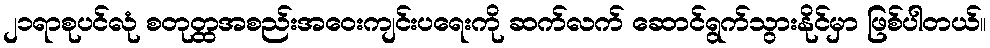
၂၁ရာစုပင်လုံ စတုတ္ထအစည်းအဝေးကျင်းပရေးကို ဆက်လက် ဆောင်ရွက်သွားနိုင်မှာ ဖြစ်ပါတယ်။